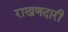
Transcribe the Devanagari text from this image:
राखणदारी